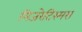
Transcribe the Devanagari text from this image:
मिजरेटिस्मस